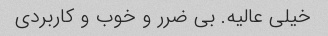
خیلی عالیه. بی ضرر و خوب و کاربردی